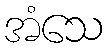
အံသေ